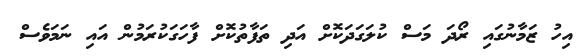
އިހު ޒަމާނުގައި ރޯދަ މަސް ކުލަގަދަކޮށް އަދި ތަފާތުކޮށް ފާހަގަކުރަމުން އައި ނަމަވެސް